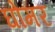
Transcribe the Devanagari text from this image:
घोमर